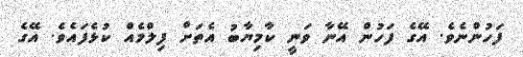
ފަހުންނެވެ. އޭގެ ފަހުން އޭނާ ވަނީ ކާމިޔާބު އެތަށް ފިލްމެއް ކުޅެފައެވެ. އޭގެ